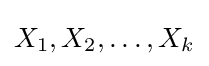
X_{1},X_{2},\ldots ,X_{k}